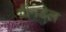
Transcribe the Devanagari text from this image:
ग्रीनडेल